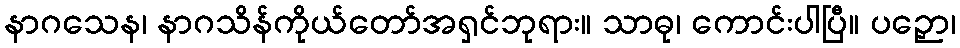
နာဂသေန၊ နာဂသိန်ကိုယ်တော်အရှင်ဘုရား။ သာဓု၊ ကောင်းပါပြီ။ ပဉှော၊